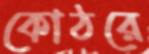
কোঠরে